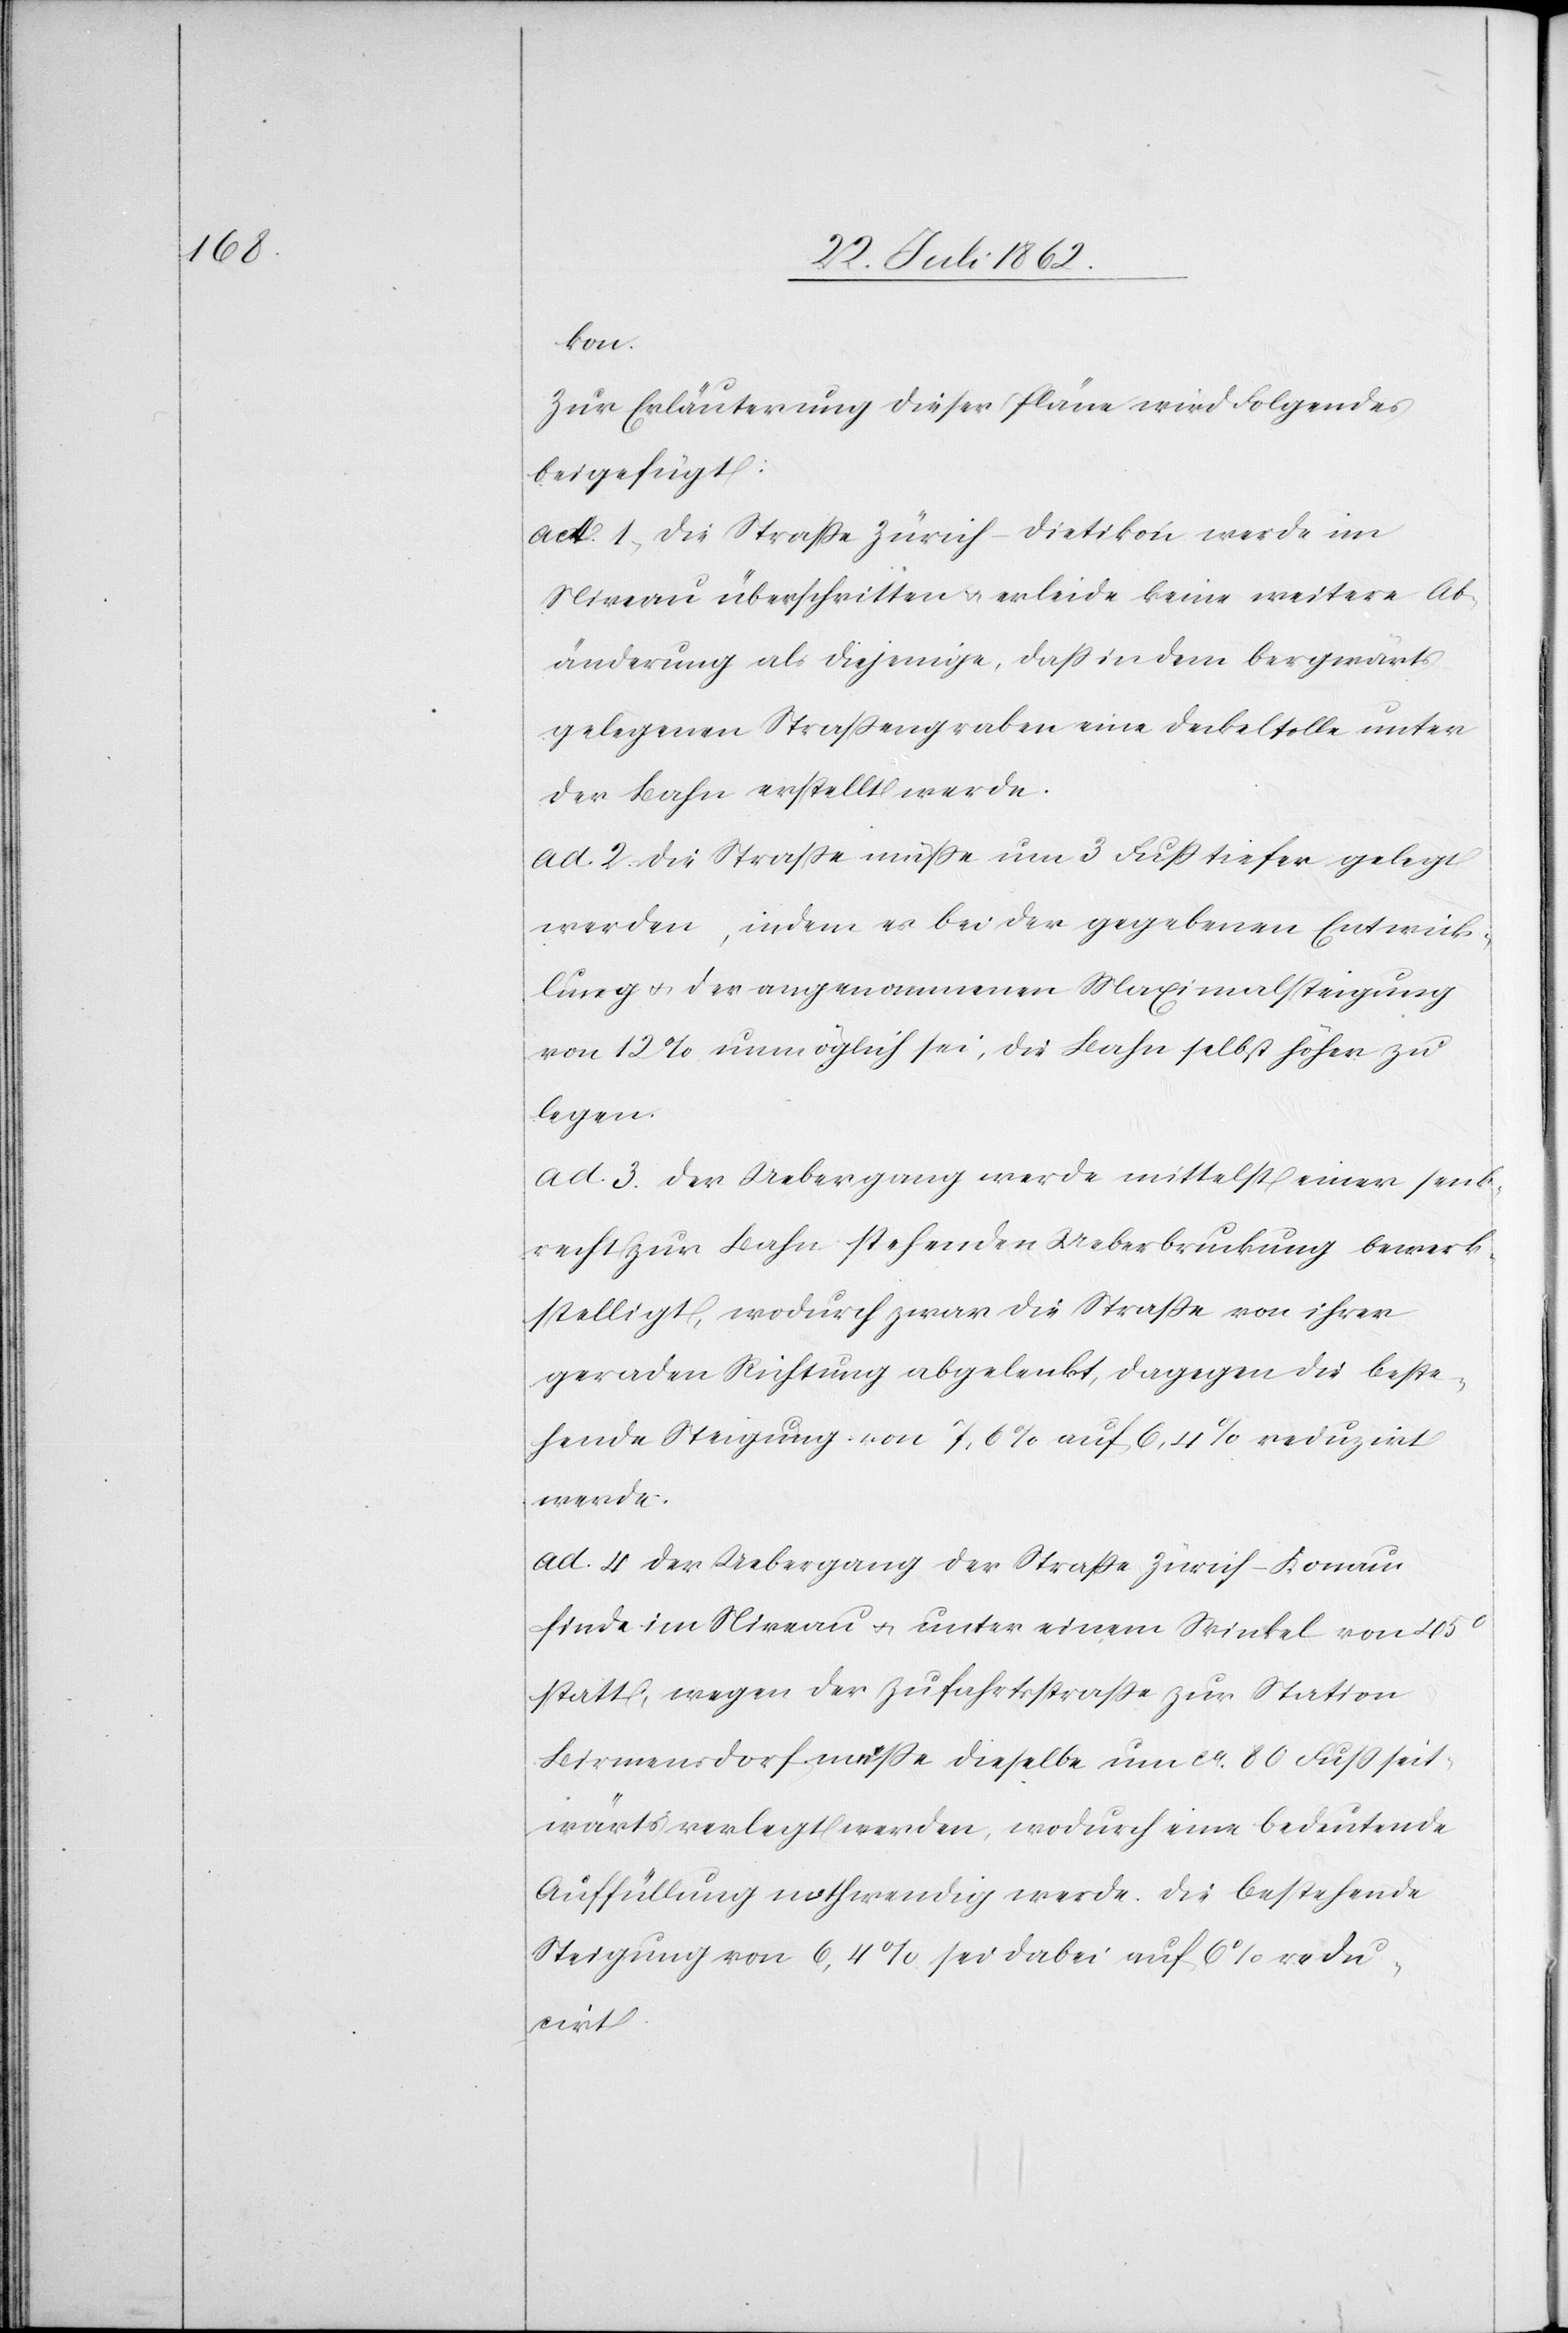
kon;
Zur Erläuterung dieser Pläne wird folgendes
beigefügt:
ad 1. Die Straße Zürich-Dietikon werde im
Niveau überschritten u. erleide keine weitere Ab¬
änderung als diejenige, daß in dem bergwärts
gelegenen Straßengraben eine Deckeltolle unter
der Bahn erstellt werde.
ad 2. Die Straße müße um 3 Fuß tiefer gelegt
werden, indem es bei der gegebenen Entwick¬
lung u. der angenommenen Maximalsteigung
von 12% unmöglich sei, die Bahn selbst höher zu
legen.
ad 3. Der Uebergang werde mittelst einer senk¬
recht zur Bahn stehenden Ueberbruckung bewerk¬
stellig, wodurch zwar die Straße von ihrer
geraden Richtung abgelenkt, dagegen die beste¬
hende Steigung von 7,6% auf 6,4% reduzirt
werde.
ad 4. Der Uebergang der Straße Zürich-Knonau
finde im Niveau u. unter einem Winkel von 45°
statt, wegen der Zufahrtsstraße zur Station
Birmensdorf müßte dieselbe um ca 80 Fuß seit¬
wärts verlegt werden, wodurch eine bedeutende
Auffüllung nothwendig werde. Die bestehende
Steigung von 6,4% sei dabei auf 6% redu¬
cirt.